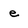
Character: e